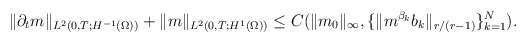
\begin{align*}\|\partial_t m\|_{L^{2}(0,T;H^{-1}(\Omega))} + \|m\|_{L^2(0,T;H^1(\Omega))} \leq C(\|m_0\|_\infty,\{\|m^{\beta_k} b_k\|_{r/(r-1)}\}_{k=1}^N).\end{align*}